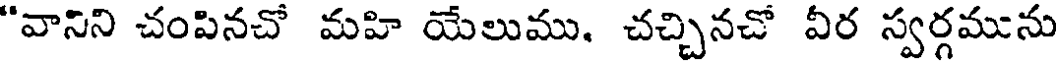
"వానిని చంపినచో మహి యేలుము. చచ్చినచో వీర స్వర్గమును